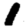
Digit: 1